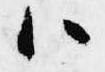
ハ